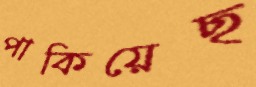
পাকিয়েছ